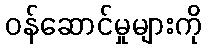
ဝန်ဆောင်မှုများကို